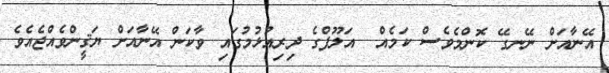
އޭނާއަށް ނޭނގޭ ކޮންމެވެސް ކަމެއް  އަލޫފްގެ ދިރިއުޅުމުގައި ވާކަން އޭނާއަށް ޔަޤީންވެއްޖެއެވެ